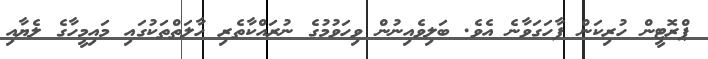
ޕްރޮޓީން ހުރިކަން ފާހަގަވާނެ އެވެ. ބަލިވެއިނުން ވިހަވުމުގެ ނުރައްކާތެރި ހާލަތްތަކުގައި މައިމީހާގެ ލެޔާއި